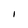
Character: I